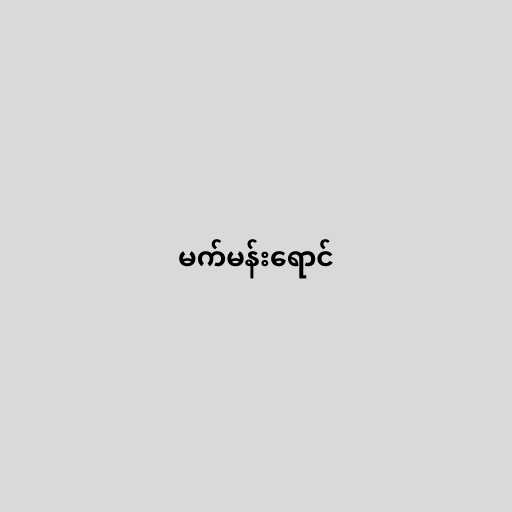
မက်မန်းရောင်